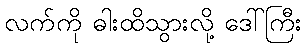
လက်ကို ဓါးထိသွားလို့ ဒေါ်ကြီး